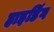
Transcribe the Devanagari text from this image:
हाइडिंग